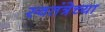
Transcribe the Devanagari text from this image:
स्वतंत्रेच्या